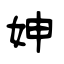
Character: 妽